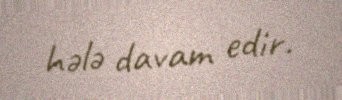
hələ davam edir.